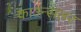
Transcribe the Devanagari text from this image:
काउन्सलर